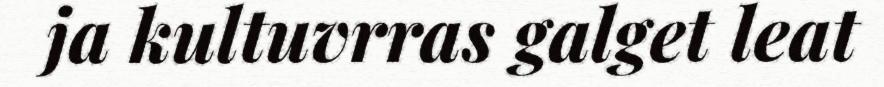
ja kultuvrras galget leat